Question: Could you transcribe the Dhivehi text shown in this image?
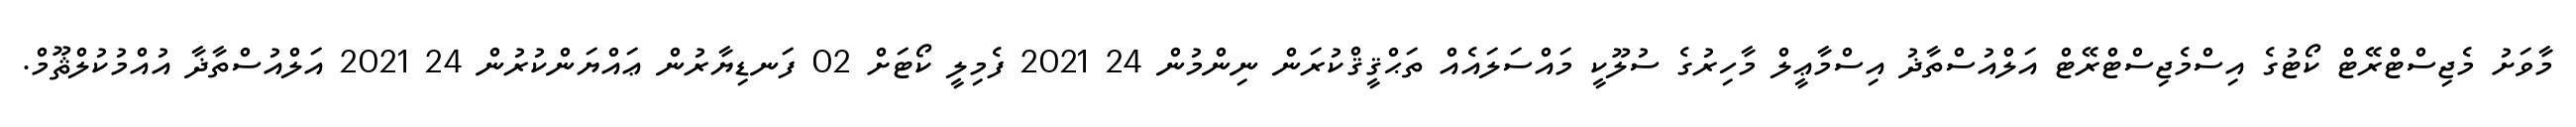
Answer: މާވަށު މެޖިސްޓްރޭޓް ކޯޓުގެ އިސްމެޖިސްޓްރޭޓް އަލްއުސްތާޛު އިސްމާޢީލް މާހިރުގެ ސުލޫކީ މައްސަލައެއް ތަޙްޤީޤްކުރަން ނިންމުން 24 2021 ފެމިލީ ކޯޓަށް 02 ފަނޑިޔާރުން ޢައްޔަންކުރުން 24 2021 އަލްއުސްތާޛާ އުއްމުކުލްޘޫމް.